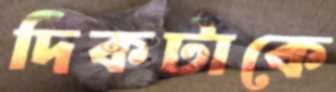
দিকটাকে